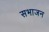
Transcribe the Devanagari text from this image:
सभाजन